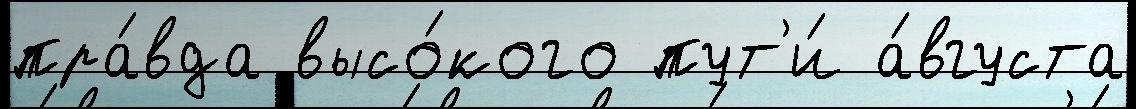
пра́вда высо́кого пут'и́ а́вгуста